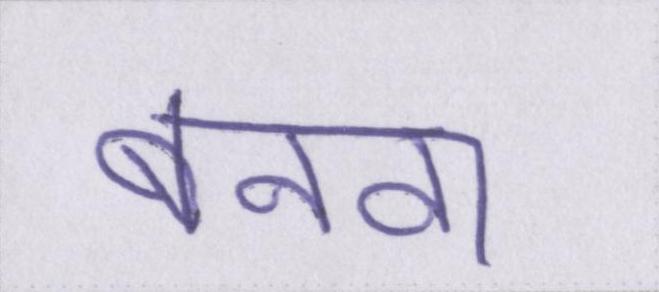
बनवा